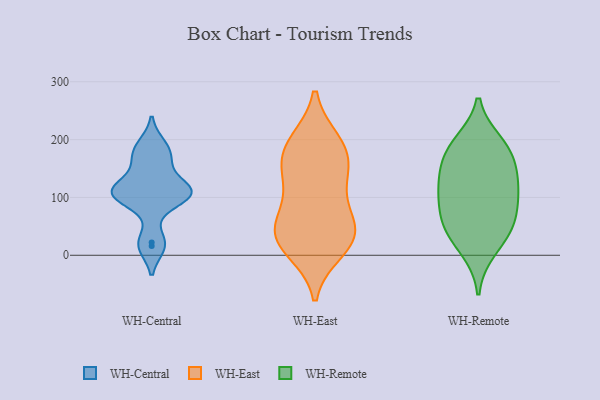
{"axis": {"x": "Active Users", "y": "Value"}, "legend": ["WH-Central", "WH-East", "WH-Remote"], "data": [{"x": "", "y": 109, "type": "WH-Central"}, {"x": "", "y": 106, "type": "WH-Central"}, {"x": "", "y": 22, "type": "WH-Central"}, {"x": "", "y": 97, "type": "WH-Central"}, {"x": "", "y": 16, "type": "WH-Central"}, {"x": "", "y": 190, "type": "WH-Central"}, {"x": "", "y": 175, "type": "WH-Central"}, {"x": "", "y": 161, "type": "WH-Central"}, {"x": "", "y": 118, "type": "WH-Central"}, {"x": "", "y": 108, "type": "WH-Central"}, {"x": "", "y": 111, "type": "WH-Central"}, {"x": "", "y": 144, "type": "WH-East"}, {"x": "", "y": 89, "type": "WH-East"}, {"x": "", "y": 10, "type": "WH-East"}, {"x": "", "y": 46, "type": "WH-East"}, {"x": "", "y": 27, "type": "WH-East"}, {"x": "", "y": 122, "type": "WH-East"}, {"x": "", "y": 159, "type": "WH-East"}, {"x": "", "y": 28, "type": "WH-East"}, {"x": "", "y": 195, "type": "WH-East"}, {"x": "", "y": 191, "type": "WH-East"}, {"x": "", "y": 46, "type": "WH-East"}, {"x": "", "y": 180, "type": "WH-East"}, {"x": "", "y": 39, "type": "WH-East"}, {"x": "", "y": 10, "type": "WH-Remote"}, {"x": "", "y": 151, "type": "WH-Remote"}, {"x": "", "y": 103, "type": "WH-Remote"}, {"x": "", "y": 49, "type": "WH-Remote"}, {"x": "", "y": 90, "type": "WH-Remote"}, {"x": "", "y": 51, "type": "WH-Remote"}, {"x": "", "y": 119, "type": "WH-Remote"}, {"x": "", "y": 183, "type": "WH-Remote"}, {"x": "", "y": 193, "type": "WH-Remote"}, {"x": "", "y": 178, "type": "WH-Remote"}, {"x": "", "y": 126, "type": "WH-Remote"}, {"x": "", "y": 49, "type": "WH-Remote"}]}